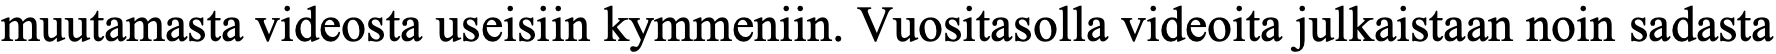
muutamasta videosta useisiin kymmeniin. Vuositasolla videoita julkaistaan noin sadasta